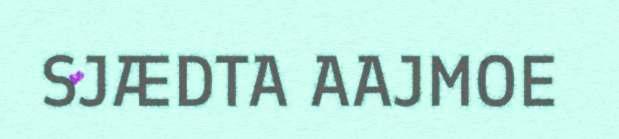
SJÆDTA AAJMOE